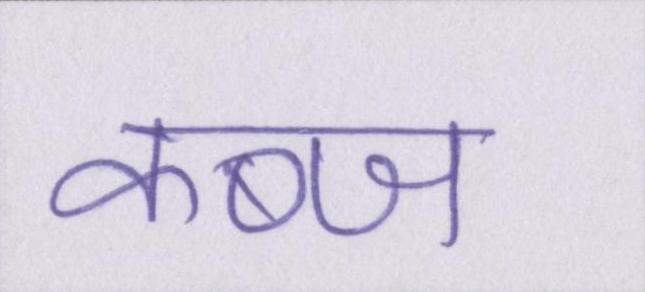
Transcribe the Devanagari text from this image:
कब्ज